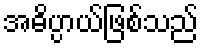
အဓိပ္ပာယ်ဖြစ်သည်